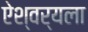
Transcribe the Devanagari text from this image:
ऐश्वर्यला